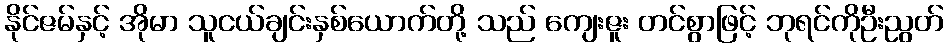
နိုင်ဇမ်နှင့် အိုမာ သူငယ်ချင်းနှစ်ယောက်တို့ သည် ကျေးဇူး တင်စွာဖြင့် ဘုရင်ကိုဦးညွတ်